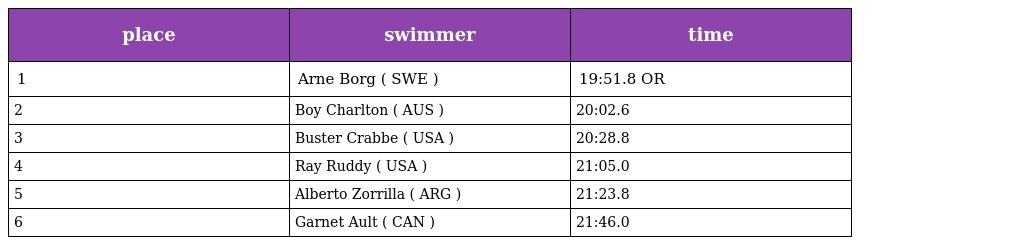
| place | swimmer | time |
 | --- | --- | --- |
 | 1 | Arne Borg ( SWE ) | 19:51.8 OR |
 | 2 | Boy Charlton ( AUS ) | 20:02.6 |
 | 3 | Buster Crabbe ( USA ) | 20:28.8 |
 | 4 | Ray Ruddy ( USA ) | 21:05.0 |
 | 5 | Alberto Zorrilla ( ARG ) | 21:23.8 |
 | 6 | Garnet Ault ( CAN ) | 21:46.0 |